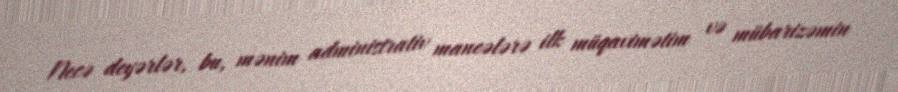
Necə deyərlər, bu, mənim administrativ maneələrə ilk müqavimətim və mübarizəmin